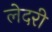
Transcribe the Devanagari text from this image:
लेदरी